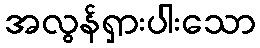
အလွန်ရှားပါးသော